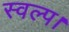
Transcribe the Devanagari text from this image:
स्वल्प।